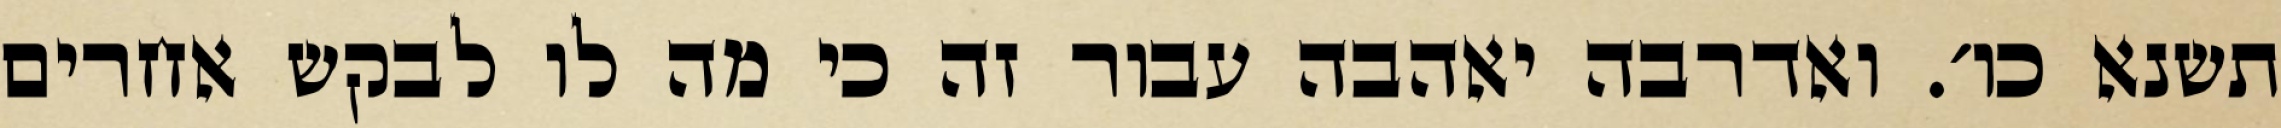
תשנא כו׳. ואדרבה יאהבה עבור זה כי מה לו לבקש אחרים